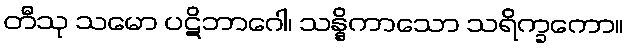
တီသု သမော ပဋိဘာဂေါ၊ သန္နိကာသော သရိက္ခကော။